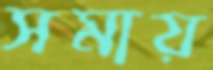
সমায়